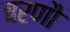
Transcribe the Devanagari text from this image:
चरणौ